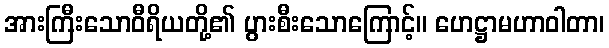
အားကြီးသောဝီရိယတို့၏ ပွားစီးသောကြောင့်။ ဟေဋ္ဌာမဟာဝါတာ၊